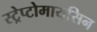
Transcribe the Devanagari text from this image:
स्ट्रेप्टोमायसिन